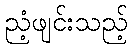
ညံ့ဖျင်းသည့်